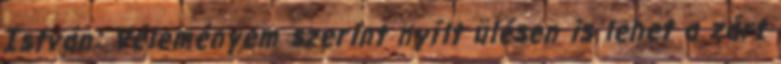
István: Véleményem szerint nyílt ülésen is lehet a zárt